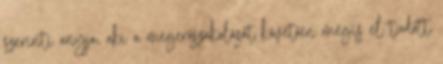
szerinti anyja, aki a megerőszakolását követően mégis el tudott